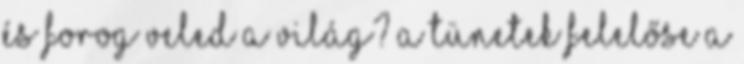
és forog veled a világ? A tünetek felelőse a